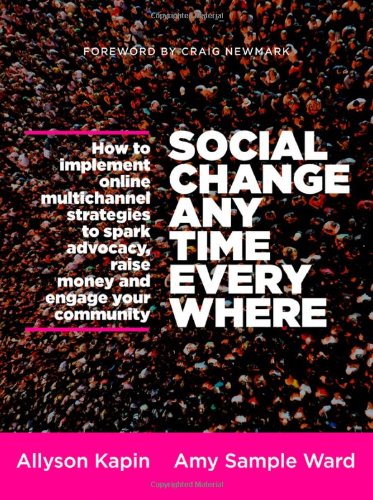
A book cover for Social Change Anytime Everywhere: How to Implement Online Multichannel Strategies to Spark Advocacy, Raise Money, and Engage your Community; Allyson Kapin; Computers & Technology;